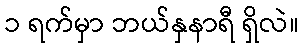
၁ ရက်မှာ ဘယ်နှနာရီ ရှိလဲ။